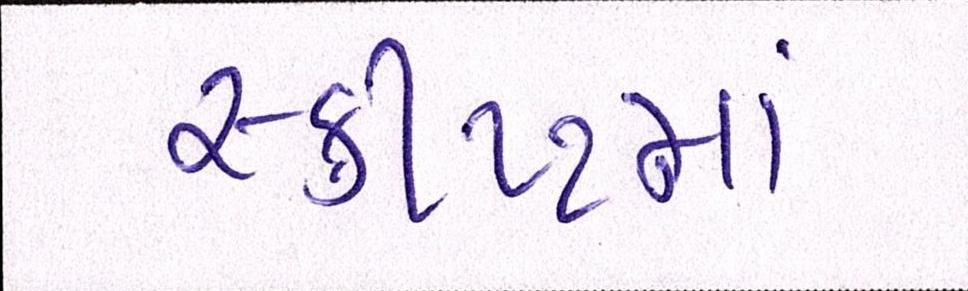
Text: સ્ક્રીપ્ટમાં